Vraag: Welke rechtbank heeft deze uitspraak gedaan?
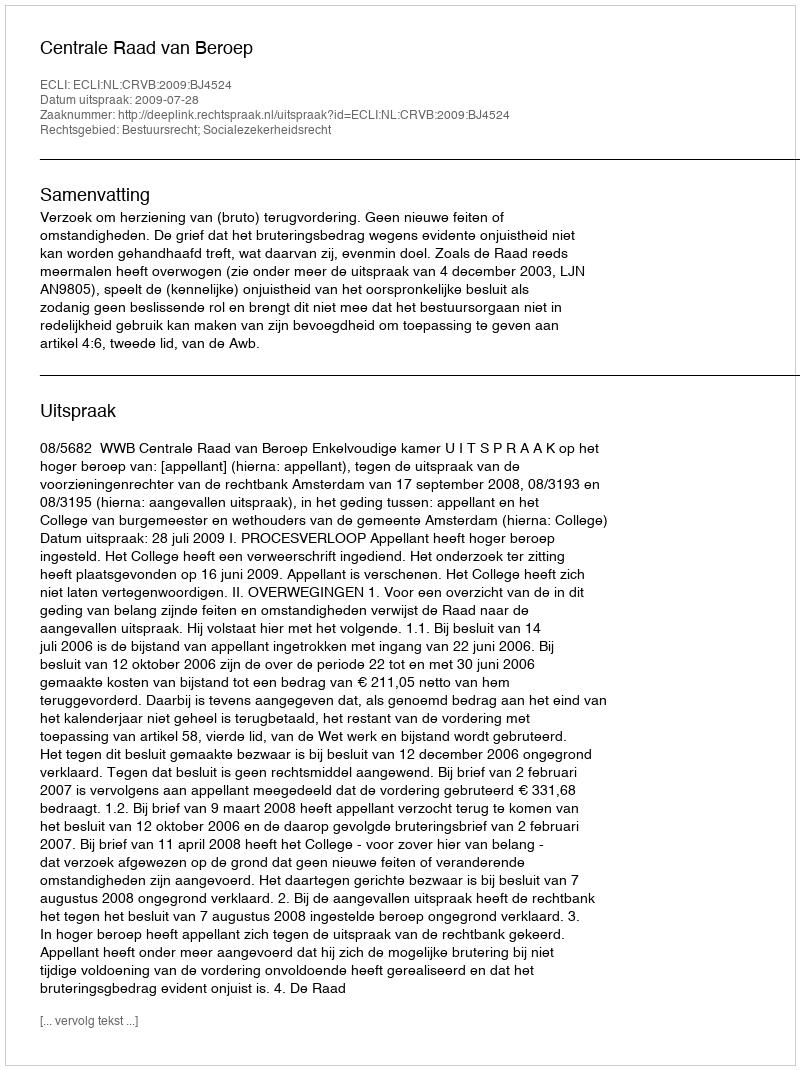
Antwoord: Centrale Raad van Beroep